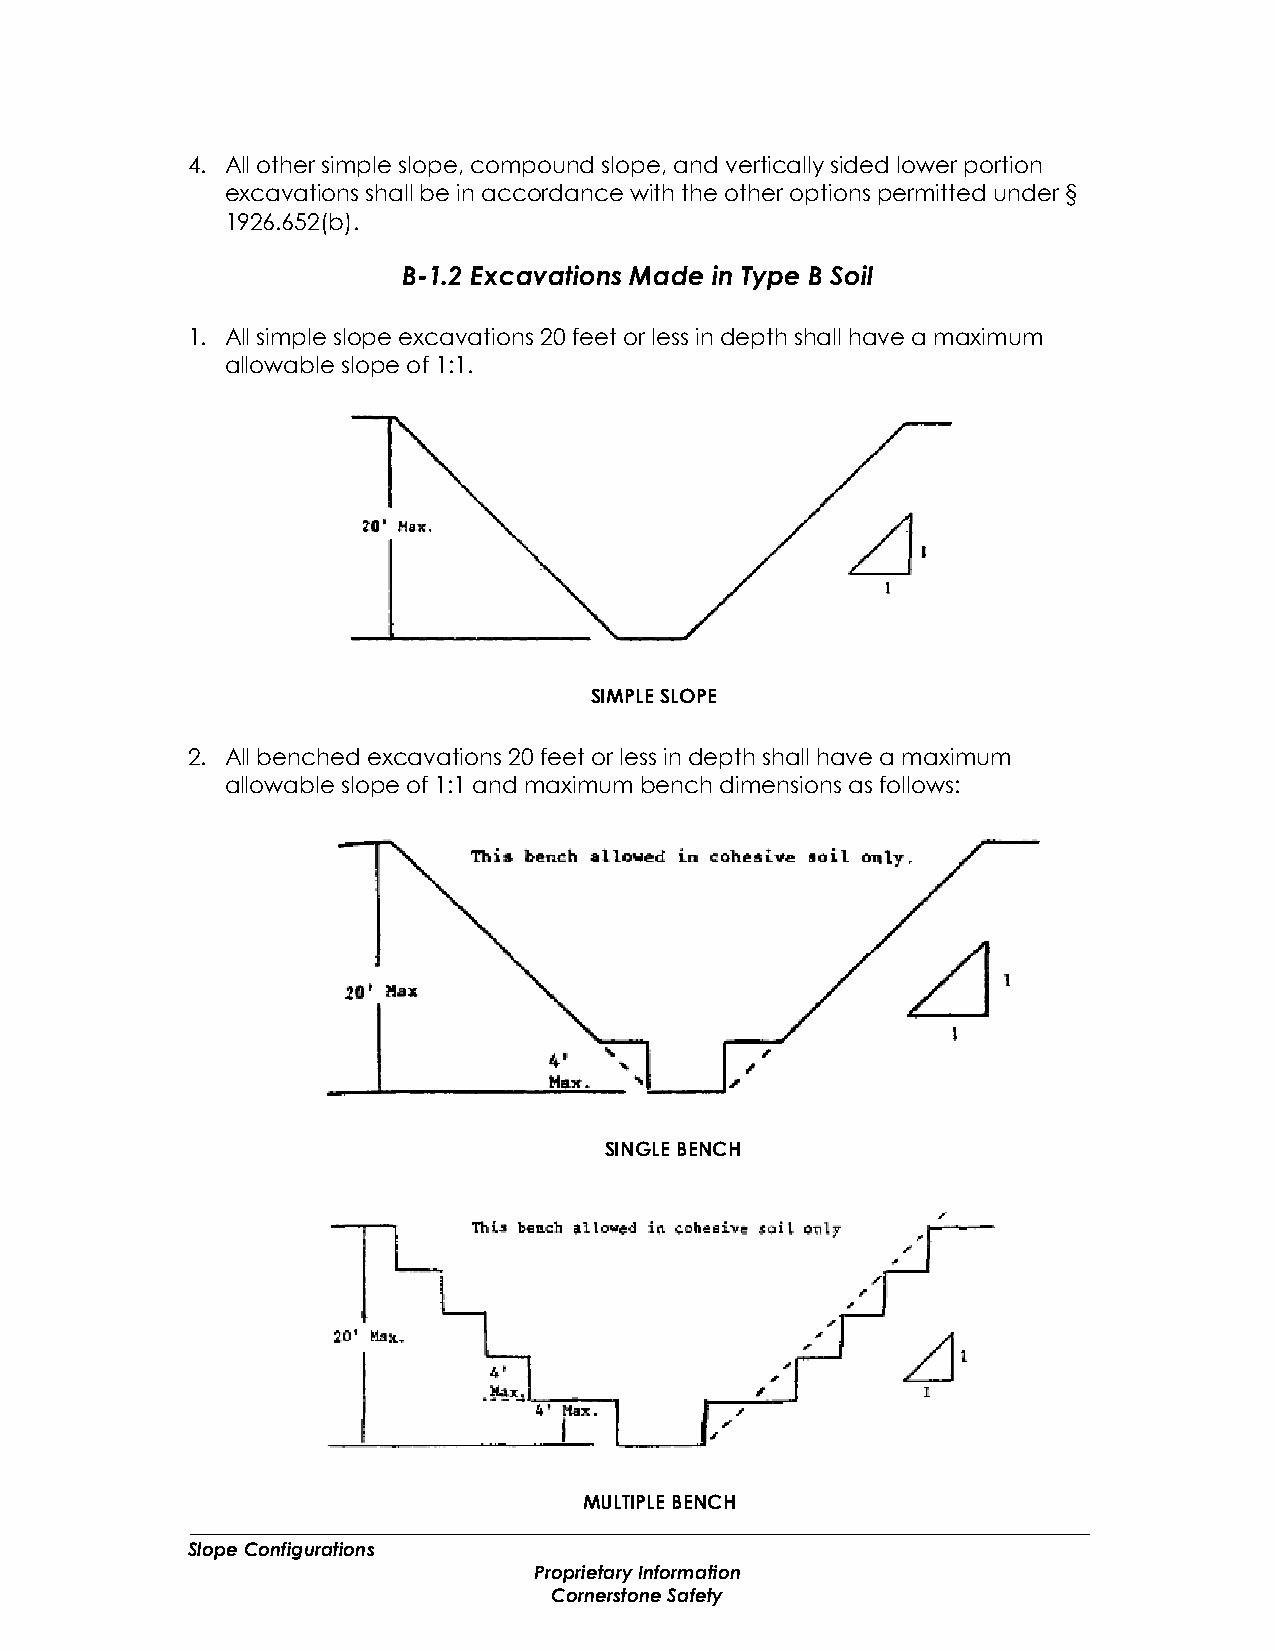
4. All other simple slope, compound slope, and vertically sided lower portion
 excavations shall be in accordance with the other options permitted under §
 1926.652(b).
 B-1.2 Excavations Made in Type B Soil
 1. All simple slope excavations 20 feet or less in depth shall have a maximum
 allowable slope of 1:1.
 SIMPLE SLOPE
 2. All benched excavations 20 feet or less in depth shall have a maximum
 allowable slope of 1:1 and maximum bench dimensions as follows:
 SINGLE BENCH
 MULTIPLE BENCH
 Slope Configurations
 Proprietary Information
 Cornerstone Safety